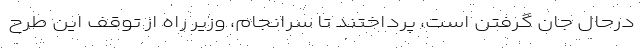
درحال جان گرفتن است، پرداختند تا سرانجام، وزیر راه از توقف این طرح